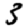
Digit: 3